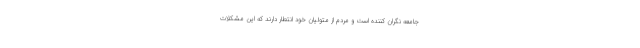
جامعه نگران کننده است و مردم از متولیان خود انتطار دارند که این مشکلات